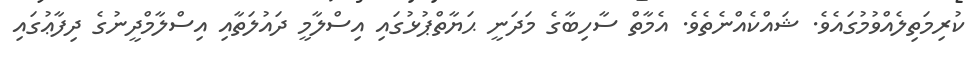
ކުރިމަތިލެއްވުމުގައެވެ. ޝައްކެއްނެތެވެ. އެމާތް ސާހިބާގެ މަދަނީ ޙަޔާތްޕުޅުގައި އިސްލާމީ ދައުލަތާއި އިސްލާމްދީނުގެ ދިފާޢުގައި